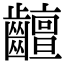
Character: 𪙵